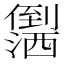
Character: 𪝻